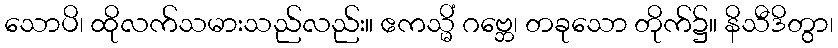
သောပိ၊ ထိုလက်သမားသည်လည်း။ ဧကသ္မိံ ဂဗ္ဘေ၊ တခုသော တိုက်၌။ နိသီဒိတွာ၊